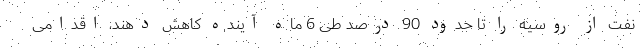
نفت از روسیه را تا حدود 90 درصد طی 6 ماه آینده کاهش دهند، اقدامی